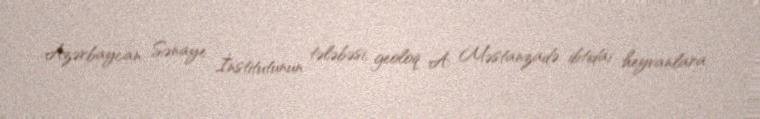
Azərbaycan Sənaye İnstitutunun tələbəsi, geoloq A. Məstanzadə ibtidai heyvanlara